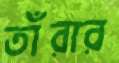
তাঁরার